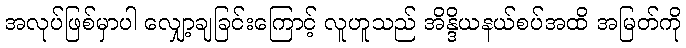
အလုပ်ဖြစ်မှာပါ လျှော့ချခြင်းကြောင့် လူဟူသည် အိန္ဒိယနယ်စပ်အထိ အမြတ်ကို